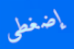
إضغطي